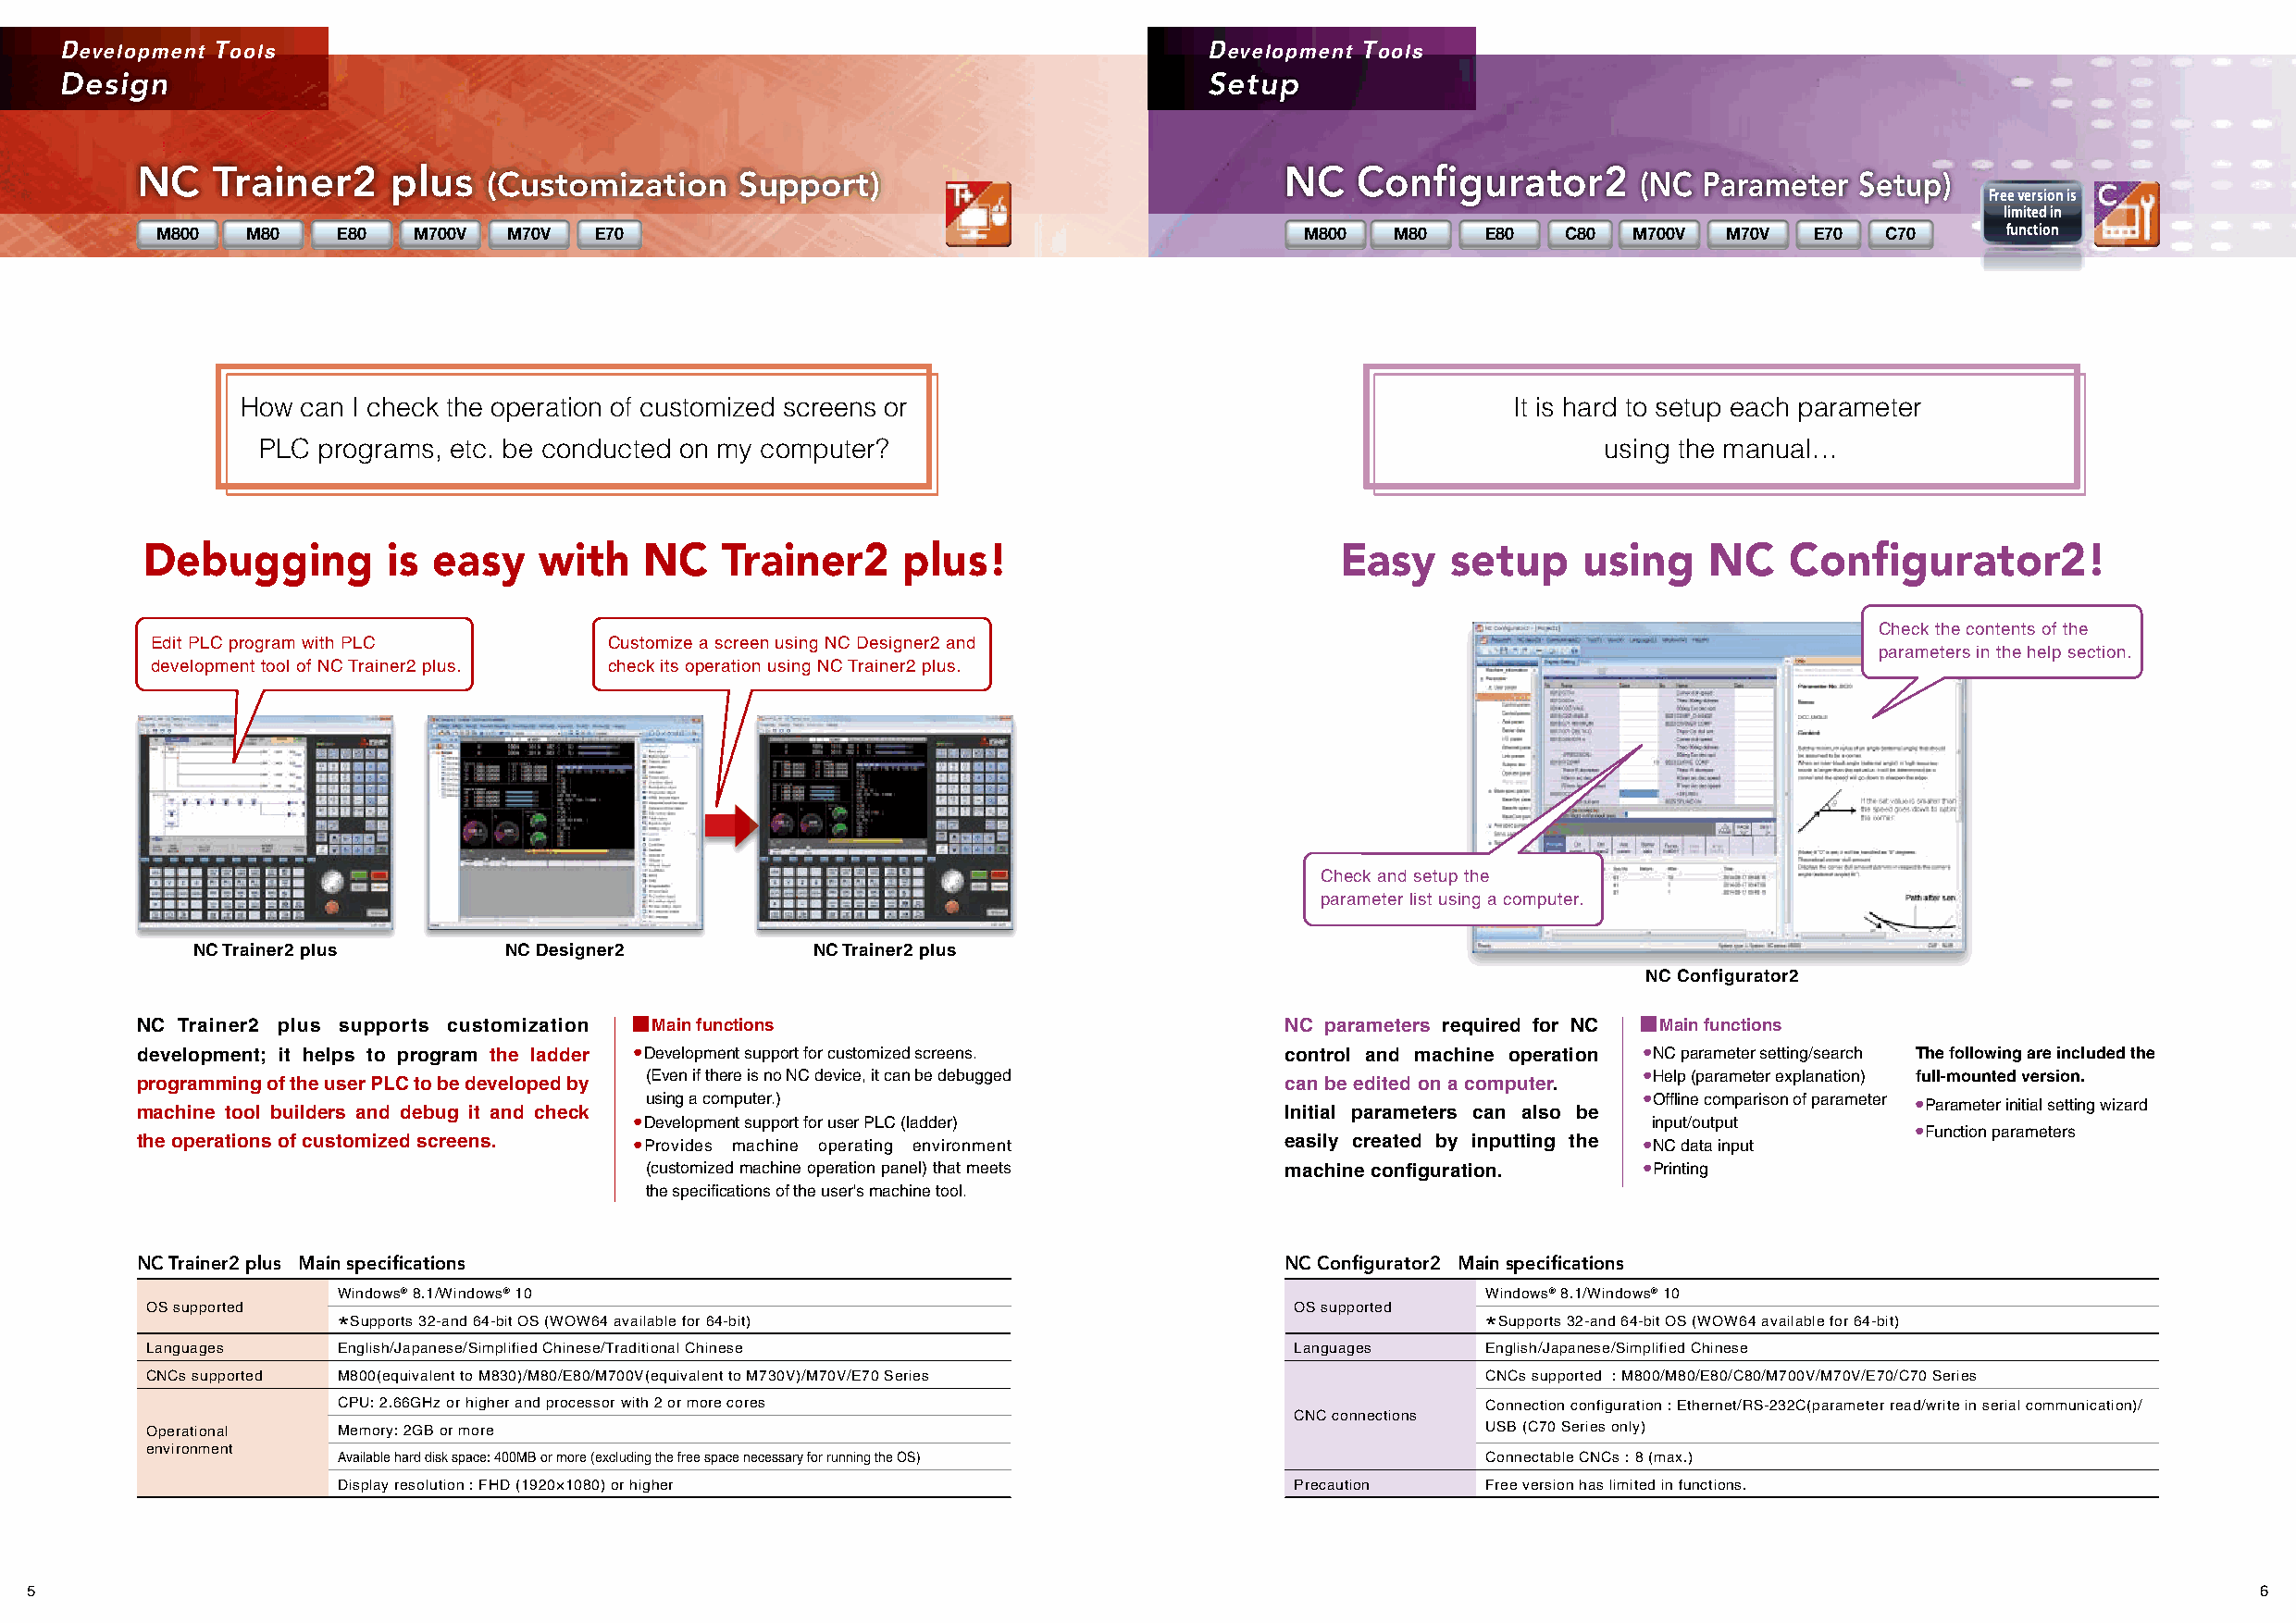
Development Tools                                                                 Development Tools
 Design                                                                            Setup
 NC   Trainer2     plus                                                            NC   Configurator2
 (Customization    Support)                                                        (NC  Parameter  Setup)
 Free version is
 limited in
 M800   M80   E80   M700V M70V   E70                                               M800   M80   E80   C80  M700V M70V   E70  C70     function
 How  can I check the operation of customized screens or                                    It is hard to setup each parameter
 PLC programs, etc. be conducted on my computer?                                                 using the manual…
 Debugging         is easy    with   NC    Trainer2     plus!                          Easy    setup    using    NC    Configurator2!
 Check the contents of the
 Edit PLC program with PLC       Customize a screen using NC Designer2 and
 parameters in the help section.
 development tool of NC Trainer2 plus. check its operation using NC Trainer2 plus.
 Check and setup the
 parameter list using a computer.
 NC Trainer2 plus      NC Designer2          NC Trainer2 plus
 NC Configurator2
 NC Trainer2 plus supports customization Main functions                            NC parameters required for NC Main functions
 development; it helps to program the ladder ●Development support for customized screens. control and machine operation ●NC parameter setting/search The following are included the
 programming of the user PLC to be developed by
 (Even if there is no NC device, it can be debugged
 can be edited on a computer.
 ●Help (parameter explanation) full-mounted version.
 machine tool builders and debug it and check
 using a computer.)
 Initial parameters can also be
 ●Offline comparison of parameter ●Parameter initial setting wizard
 ●Development support for user PLC (ladder)                               input/output
 ●Function parameters
 the operations of customized screens. ●Provides machine operating environment     easily created by inputting the ●NC data input
 (customized machine operation panel) that meets machine configuration.  ●Printing
 the specifications of the user's machine tool.
 NC Trainer2 plus Main specifications                                              NC Configurator2 Main specifications
 Windows® 8.1/Windows® 10                                                          Windows® 8.1/Windows® 10
 OS supported                                                                       OS supported
 *Supports 32-and 64-bit OS (WOW64 available for 64-bit)                           *Supports 32-and 64-bit OS (WOW64 available for 64-bit)
 Languages     English/Japanese/Simplified Chinese/Traditional Chinese              Languages    English/Japanese/Simplified Chinese
 CNCs supported M800(equivalent to M830)/M80/E80/M700V(equivalent to M730V)/M70V/E70 Series      CNCs supported : M800/M80/E80/C80/M700V/M70V/E70/C70 Series
 CPU: 2.66GHz or higher and processor with 2 or more cores                         Connection configuration : Ethernet/RS-232C(parameter read/write in serial communication)/
 CNC connections
 Operational   Memory: 2GB or more                                                               USB (C70 Series only)
 environment
 Available hard disk space: 400MB or more (excluding the free space necessary for running the OS) Connectable CNCs : 8 (max.)
 Display resolution : FHD (1920×1080) or higher                       Precaution   Free version has limited in functions.
 5                                                                                                                                                               6